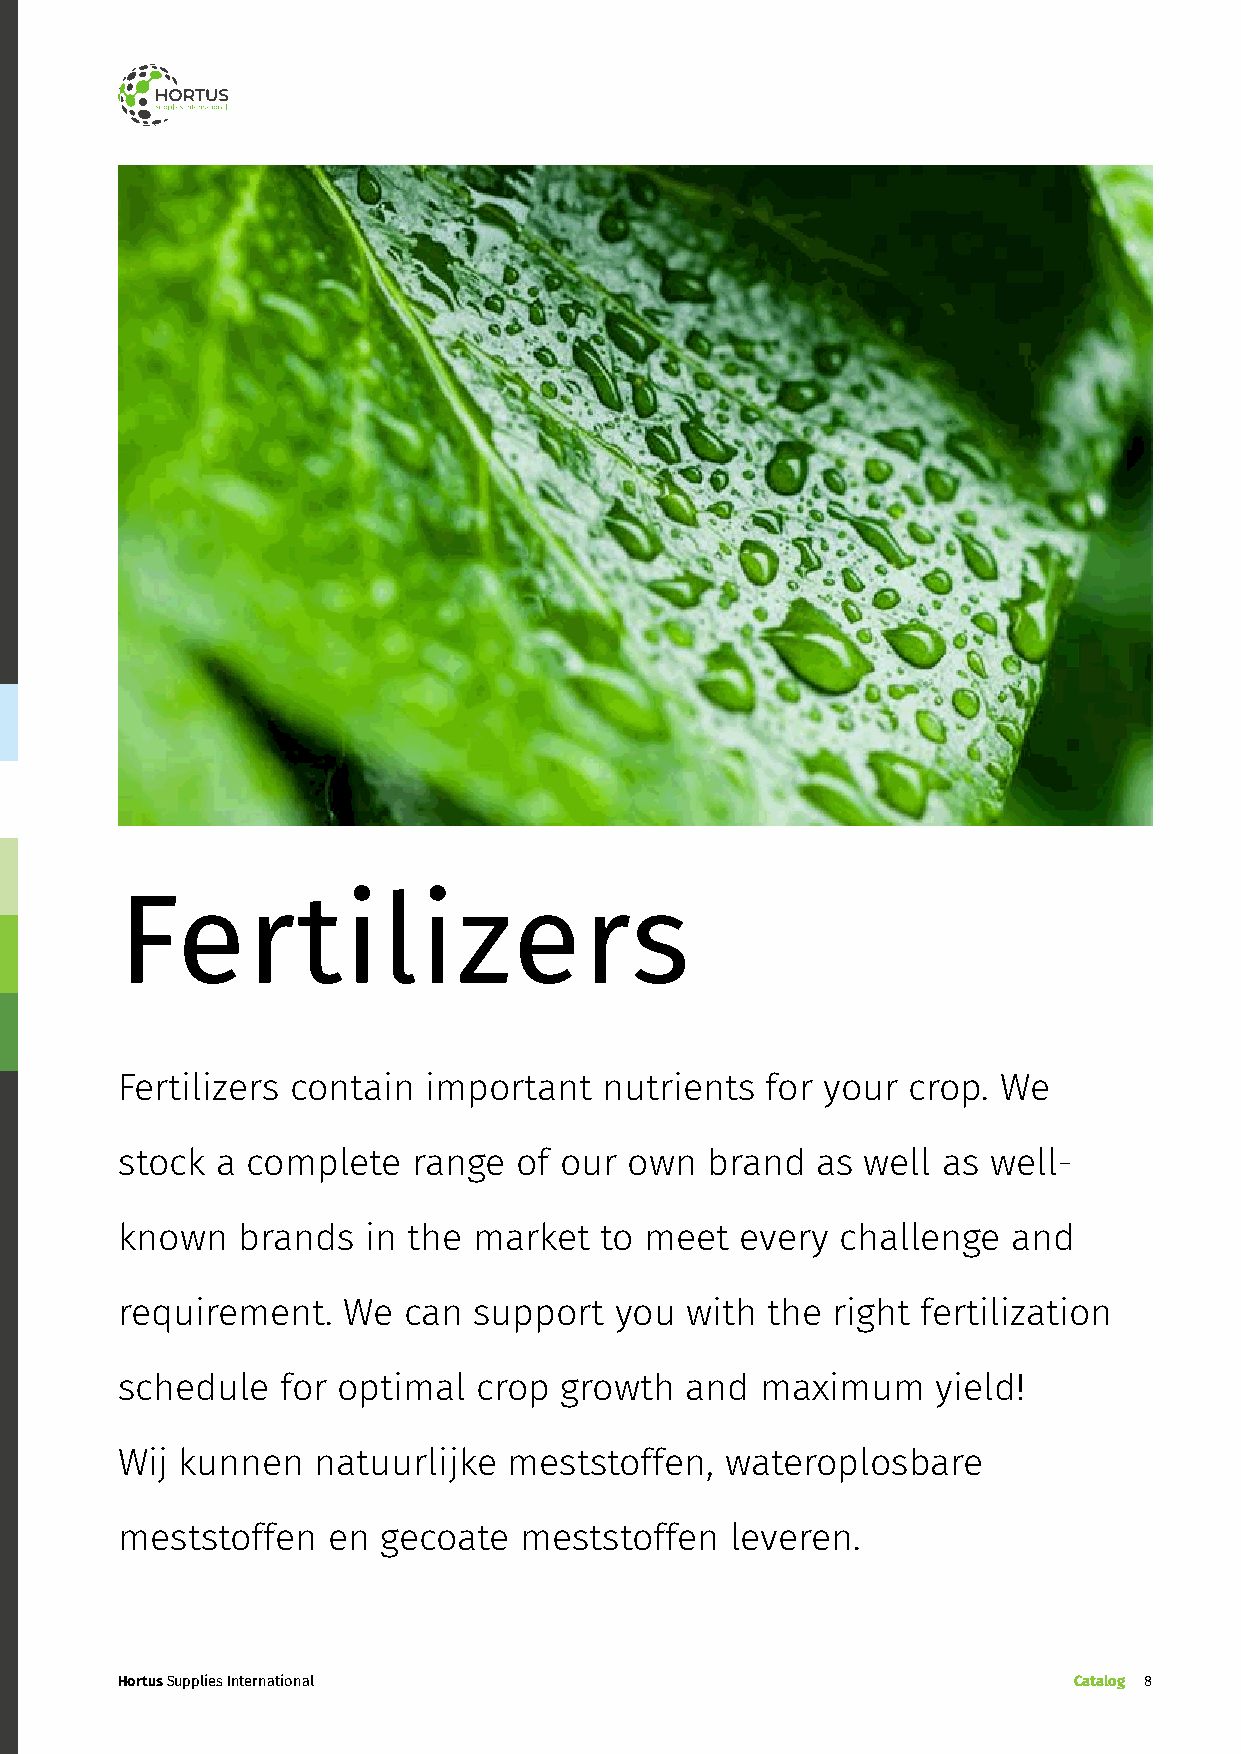
Fertilizers
 Fertilizers contain important   nutrients  for your crop. We
 stock a complete   range  of our  own  brand  as well as well-
 known   brands  in the market   to meet  every  challenge  and
 requirement.   We  can support   you with  the right fertilization
 schedule   for optimal  crop growth  and  maximum     yield!
 Wij kunnen   natuurlijke  meststoffen,  wateroplosbare
 meststoffen   en gecoate  meststoffen   leveren.
 Hortus Supplies International                                  Catalog 8